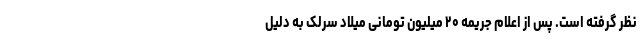
نظر گرفته است. پس از اعلام جریمه ۲۰ میلیون تومانی میلاد سرلک به دلیل